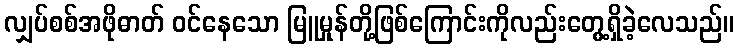
လျှပ်စစ်အဖိုဓာတ် ဝင်နေသော မြူမှုန်တို့ဖြစ်ကြောင်းကိုလည်းတွေ့ရှိခဲ့လေသည်။